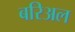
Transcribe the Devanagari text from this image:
बरिअल